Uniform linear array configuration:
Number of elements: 8
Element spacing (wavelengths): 1
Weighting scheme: cosine
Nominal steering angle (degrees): -15
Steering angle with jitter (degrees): -13.547
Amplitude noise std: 0.05
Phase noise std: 0.05

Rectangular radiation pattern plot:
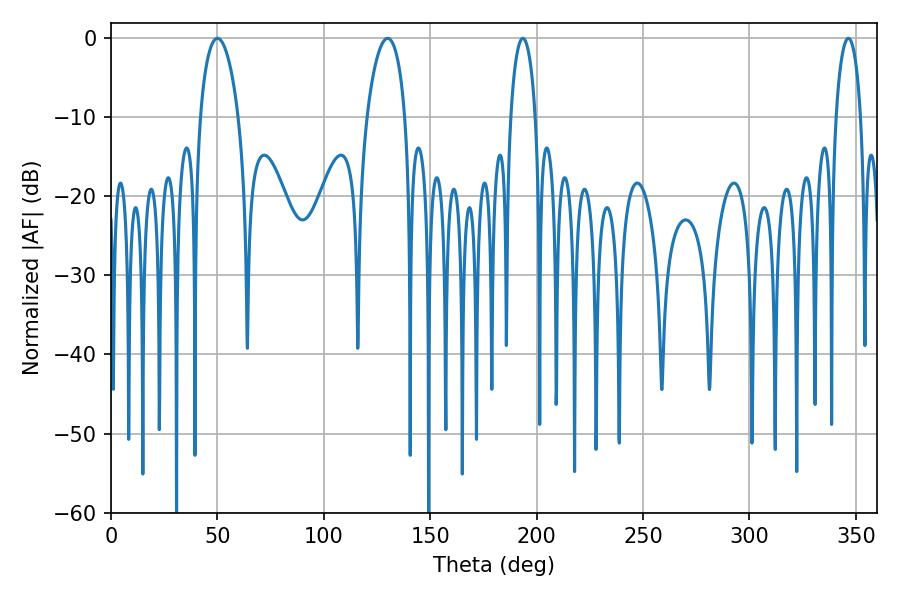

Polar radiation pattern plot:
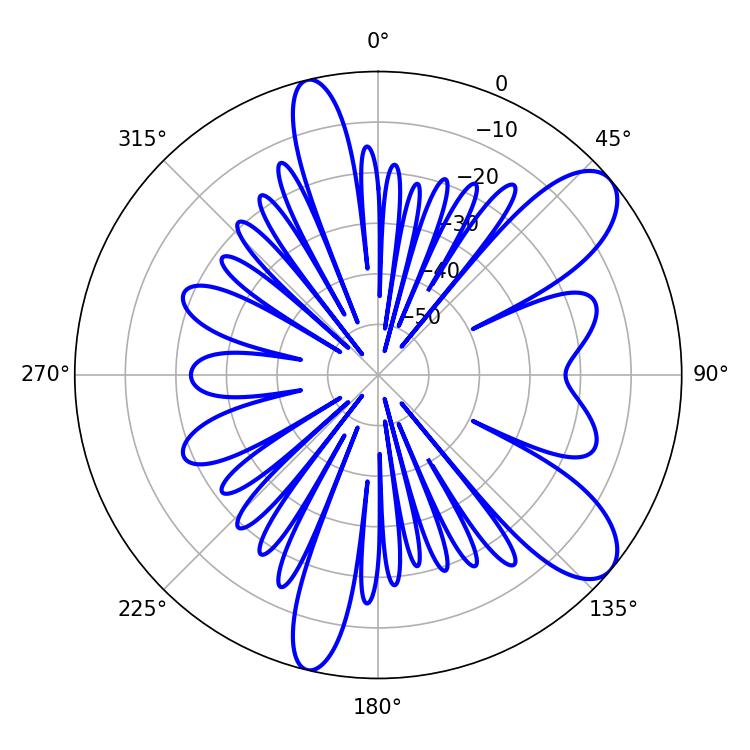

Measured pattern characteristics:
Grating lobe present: TRUE
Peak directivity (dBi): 9.243
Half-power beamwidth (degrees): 10.26
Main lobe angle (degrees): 50.04